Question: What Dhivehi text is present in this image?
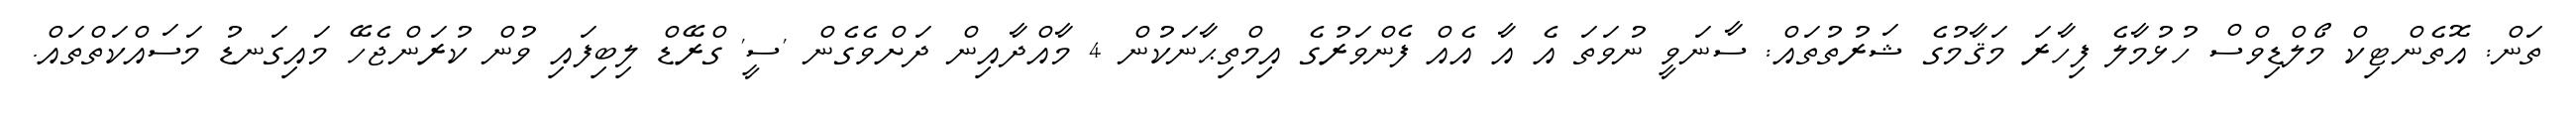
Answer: ތަން: އޮތެންޓިކް މޯލްޑިވްސް ހުޅުމާލެ ފިހާރަ މަޤާމުގެ ޝަރުތުތައް: ސާނަވީ ނުވަތަ އެ އާ އެއް ފެންވަރުގެ އިމްތިޙާނަކުން 4 މާއްދާއިން ދަށްވެގެން 'ސީ' ގްރޭޑް ލިބިފައި ވުން ކުރަންޖެހޭ މައިގަނޑު މަސައްކަތްތައް.